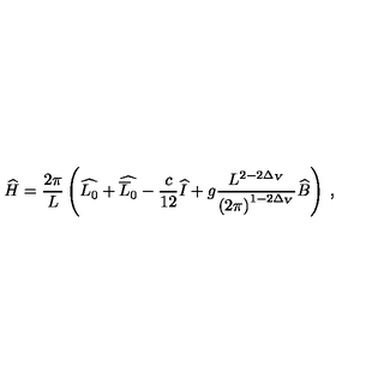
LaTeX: \widehat { H } = \frac { 2 \pi } { L } \left( \widehat { L _ { 0 } } + \widehat { \overline { { L } } _ { 0 } } - \frac { c } { 1 2 } \widehat { I } + g \frac { L ^ { 2 - 2 \Delta _ { V } } } { \left( 2 \pi \right) ^ { 1 - 2 \Delta _ { V } } } \widehat { B } \right) \: ,